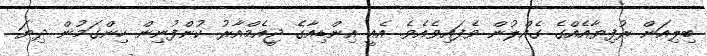
ބިލިއަން ރުފިޔާއެއްގެ ގެއްލުން ވެފައިވެއެވެ. އެއީ އިންޑިއާގެ ޖީއެމްއާރު ކުންފުނިން ހިންގަމުން ދިޔަ